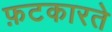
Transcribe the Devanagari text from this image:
फ़टकारते